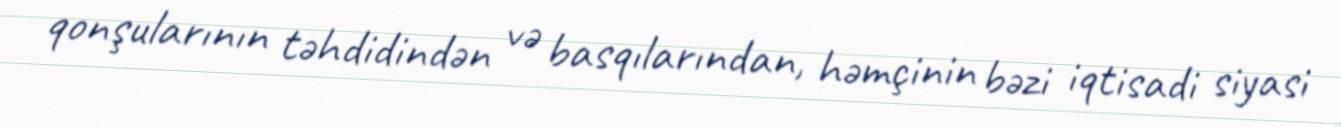
qonşularının təhdidindən və basqılarından, həmçinin bəzi iqtisadi siyasi